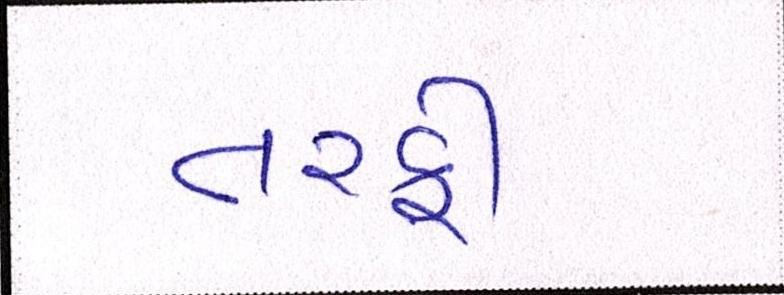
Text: તરફી